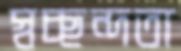
স্বচ্ছন্দতা